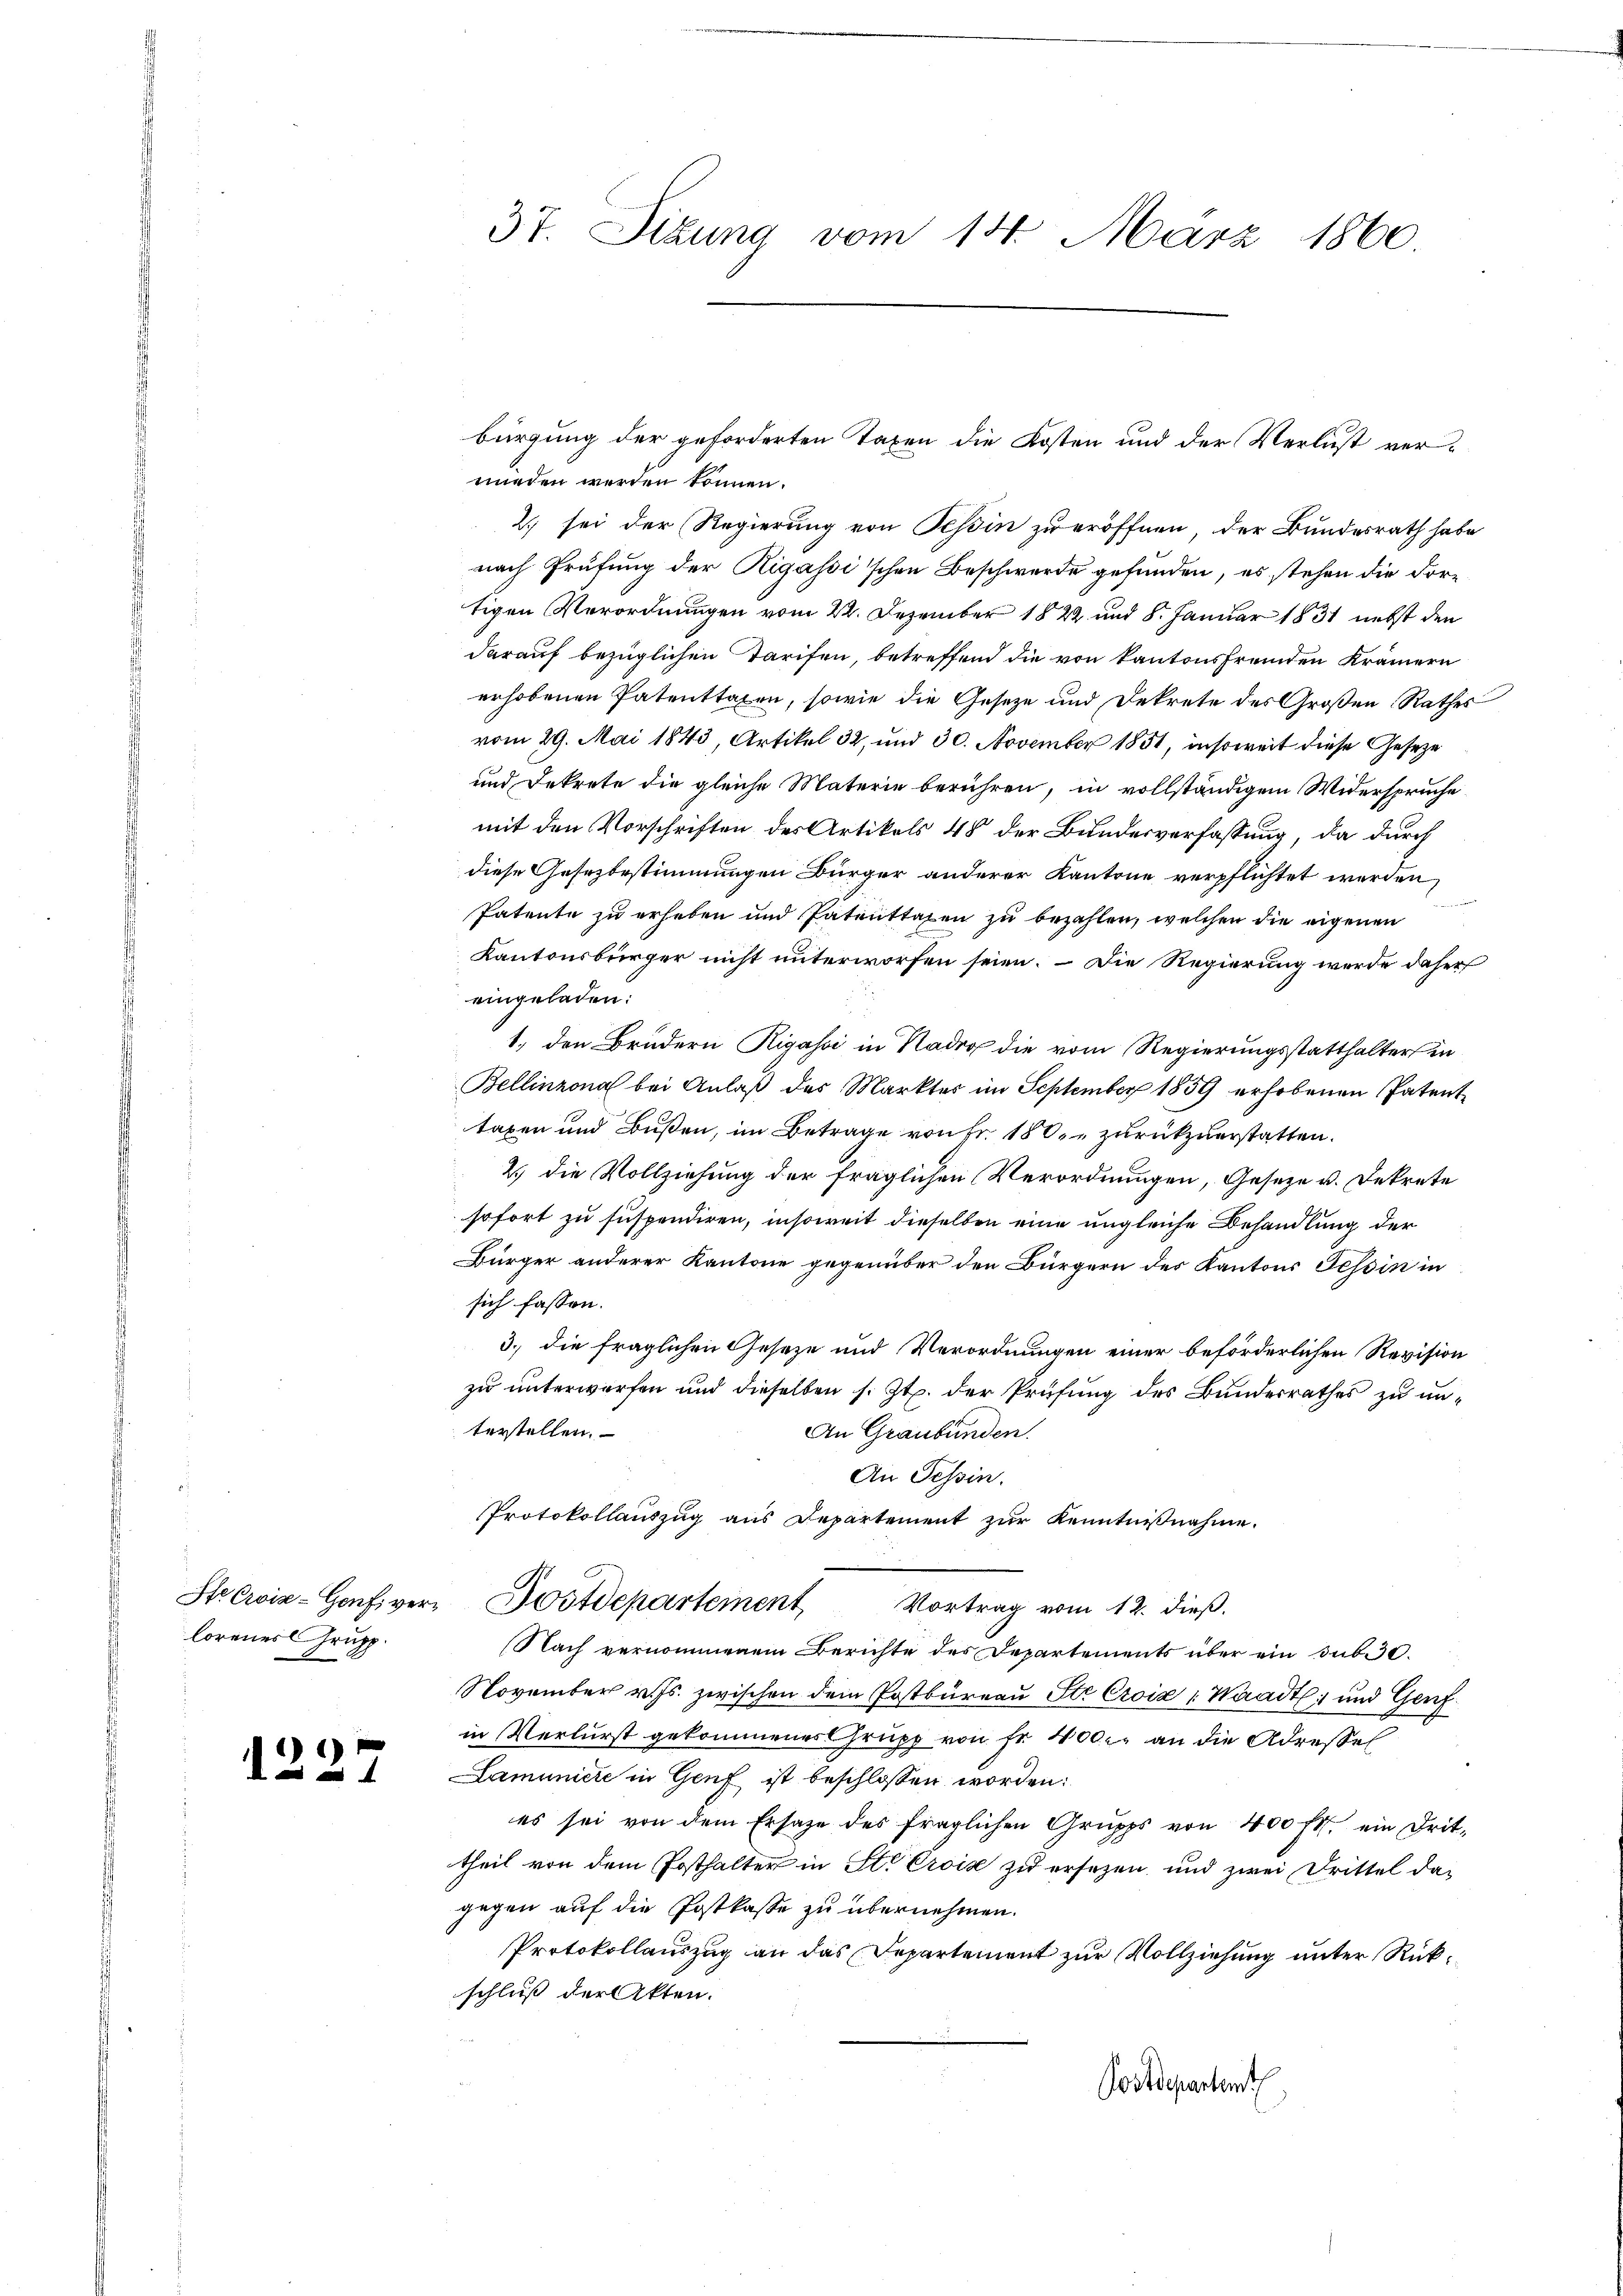
lorenes Grupp

12.

7

bürgung der geforderten Taxen die Kosten und der Verlust verworden werden können.
2) sei der Regierung von Tessin zu eröffnen, der Bundesrath habe
nach Prüfung der Rigassi'schen Beschwerde gefunden, es stehen die Fortigen Verordnungen vom 22. Dezember 1822 und 8. Januar 1831 nebst den
darauf bezüglichen Tarifen, betreffend die von kantonsfremden Krämern
erhobenen Patenttaxen, sowie die Geseze und Dekrete des Großen Rathes
vom 29. Mai 1843, Artikel 32, und 30. November 1851, insoweit diese Geseze
und Dekrete die gleiche Materie berühren, in vollständigem Widerspruche
mit den Vorschriften des Artikels 48 der Bundesverfassung, da durch
diese Gesezbestimmungen Bürger anderer Kantone verpflichtet werden,
Patente zu erheben und Patenttaxen zu bezahlen, welchen die eigenen
Kantonsbürger nicht unterworfen seien. – Die Regierung werde daher
eingeladen:
1., den Brüdern Rigassi in Nad die vom Regierungsstatthalter in
Bellinzona bei Anlaß des Marktes im September 1859 erhobenen Patent
taxen und Bußen, im Betrage von Fr. 180. zurückzuerstatten.
2.) die Vollziehung der fraglichen Verordnungen, Geseze u. Dekrete
sofort zu suspendiren, insoweit dieselben eine ungleiche Behandlung der
Bürger anderer Kantone gegenüber den Bürgern des Kantons Tessin in
sich fassen.
3., die fraglichen Geseze und Verordnungen einer beförderlichen Revision
zu unterworfen und dieselben s. Zt. der Prüfung des Bundesrathes zu unterstellen.
An Graubünden.
An Tessin.
Protokollauszug aus Departement zur Kenntnißnahme.
Stecwiz-Hofiver Postdepartement Vortrag vom 12. dieß.
Nach vernommenem Berichte des Departements über ein sub. 30.
November v. Js. zwischen dem Postbureau Ite Croix : Waadt, und Genfin Verlurst gekommenes Grupp von Fr. 400. an die Adressel
Lamuniere in Genf ist beschlossen worden:
es sei von dem Ersatze des fraglichen Grupps von 400 fl. ein Drit-
theil von dem Posthalter in St. Croix zu ersezen, und zwei Drittel dagegen auf die Postkasse zu übernehmen.
Protokollauszug an das Departement zur Vollziehung unter Rückschluß der Akten.
Postdepartenth

37. Situng vom 14. März 1860